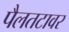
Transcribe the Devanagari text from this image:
पैलतटावर